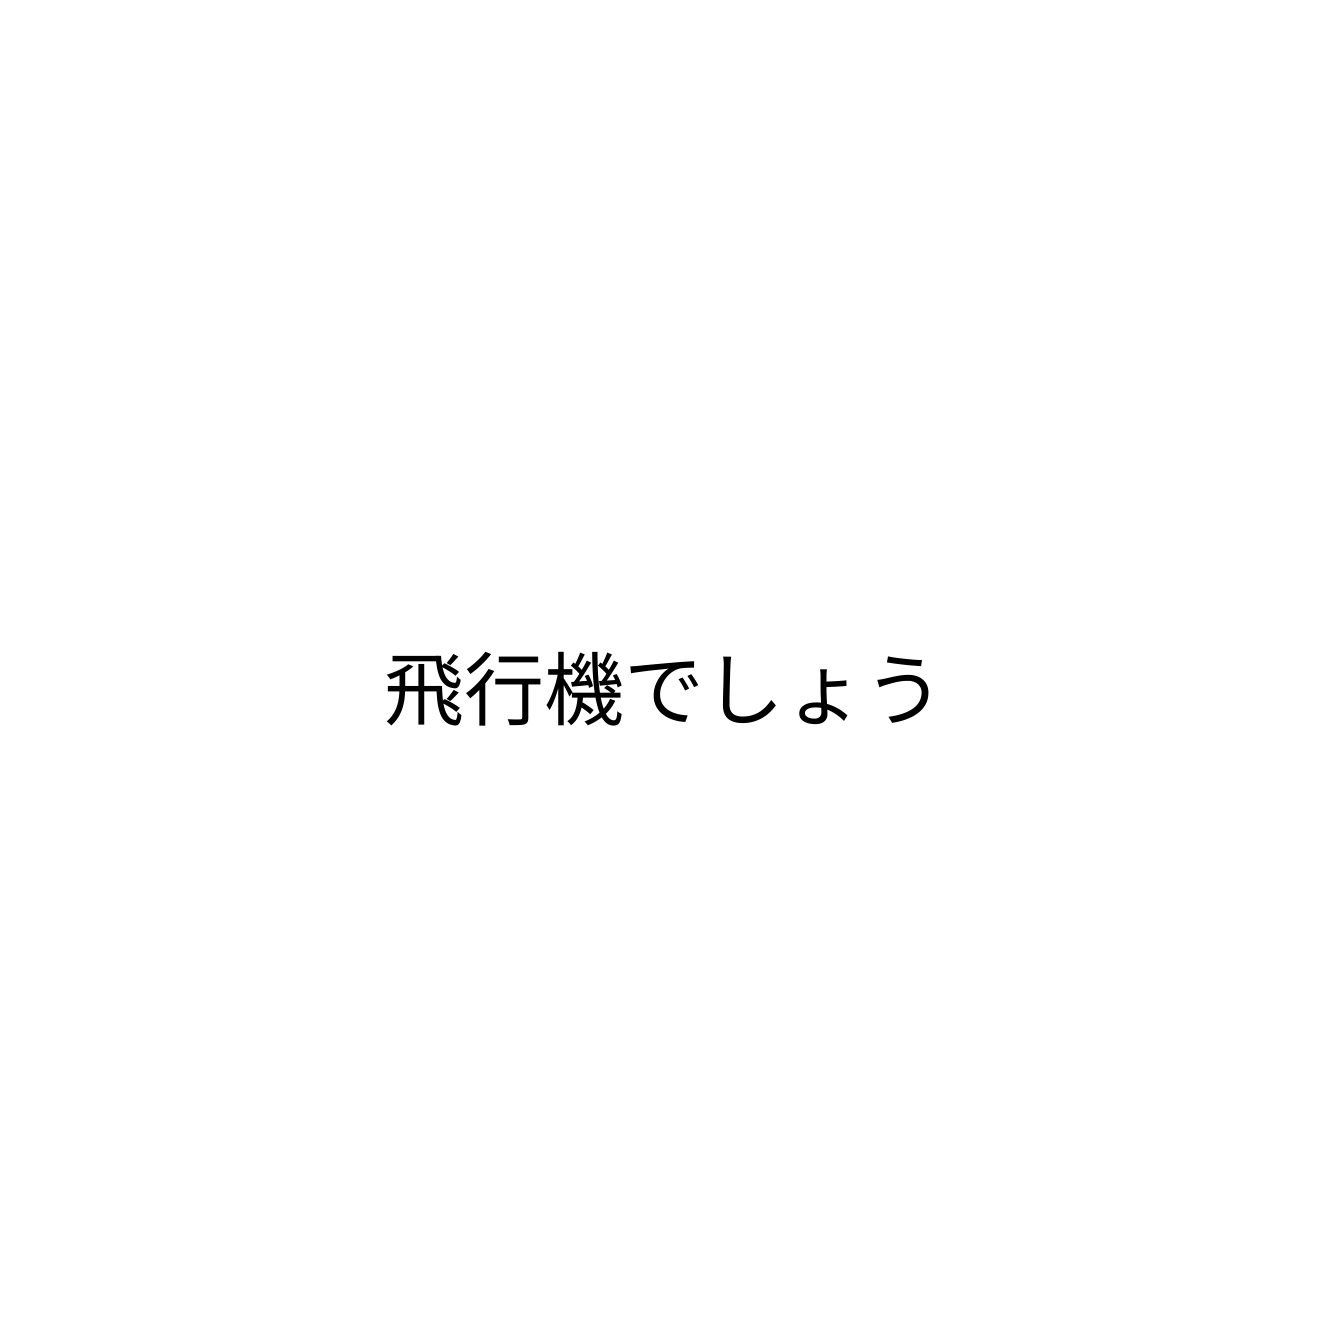
飛行機でしょう